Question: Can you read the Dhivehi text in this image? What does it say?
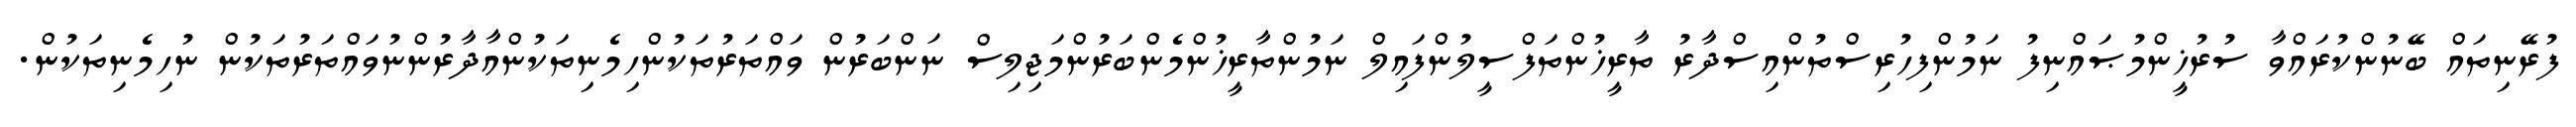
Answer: ފުރޭނިތައް ބޭނުންކުރައްވާ ސުރުޚީންމުޞައްނިފު ނަމުންފިހުރިސްތުންއިސްދާރު ތާރީޚުންތަފްސީލުންފައިލް ނަމުންތާރީޚުންމެންބަރުންމަޖިލިސް ނަންބަރުން ވައްތަރުތަކުންހިމެނިތަކުންއާދާރުންނުވައްތަރުތަކުން ނުހިމެނިތަކުން.